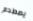
يصطدم